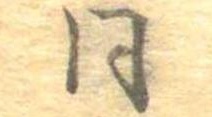
同